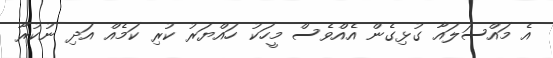
އެ މައްސަލައާ ގުޅިގެން އެއްވެސް މީހަކު ހައްޔަރު ކުރި ކަމެއް އަދި ނުކުރާ